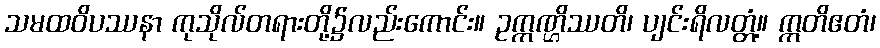
သမထဝိပဿနာ ကုသိုလ်တရားတို့၌လည်းကောင်း။ ဥက္ကဏ္ဌိဿတိ၊ ပျင်းရိလတ္တံ့။ ဣတိဧတံ၊